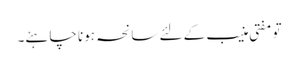
تو مفتی منیب کے لئے سانحہ ہونا چاہئے۔